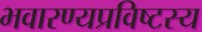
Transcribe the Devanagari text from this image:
भवारण्यप्रविष्टस्य